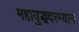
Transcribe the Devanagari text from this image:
महायुद्धदरम्यान